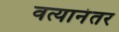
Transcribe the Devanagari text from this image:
वत्यानंतर